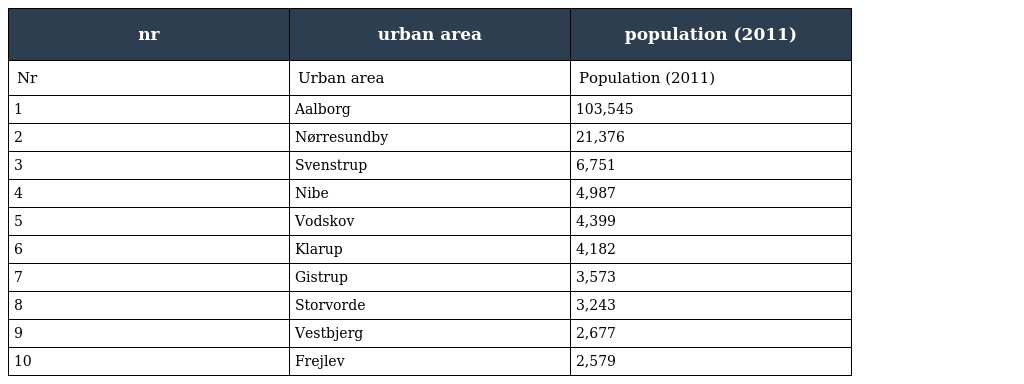
| nr | urban area | population (2011) |
 | --- | --- | --- |
 | Nr | Urban area | Population (2011) |
 | 1 | Aalborg | 103,545 |
 | 2 | Nørresundby | 21,376 |
 | 3 | Svenstrup | 6,751 |
 | 4 | Nibe | 4,987 |
 | 5 | Vodskov | 4,399 |
 | 6 | Klarup | 4,182 |
 | 7 | Gistrup | 3,573 |
 | 8 | Storvorde | 3,243 |
 | 9 | Vestbjerg | 2,677 |
 | 10 | Frejlev | 2,579 |